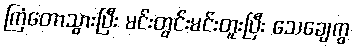
ကြံတောသွားပြီး မင်းတွင်းမင်းတူးပြီး သေချေကွ